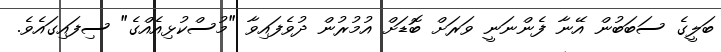
ބަލީގެ ސަބަބުން އޭނާ ފެންނަނީ ވަރަށް ބޮޑަށް އުމުރުން ދުވެފައިވާ "މުސްކުޅިއެއްގެ" ސިފައިގައެވެ.